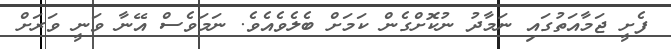
ފެށީ ޖަމާއަތުގައި ނަމާދު ނުކޮށްގެން ކަމަށް ބެލެވެއެވެ. ނަމަވެސް އޭނާ ވަނީ ވަރަށް